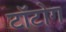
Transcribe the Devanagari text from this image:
टॉटोग